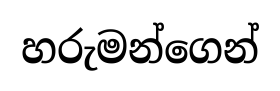
හරුමන්ගෙන්